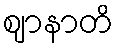
ဈာနာတိ